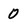
Character: 0